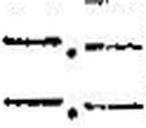
—.—